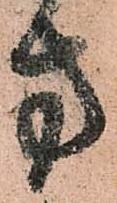
方